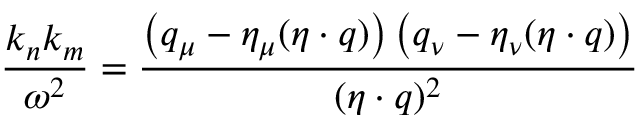
{ \frac { k _ { n } k _ { m } } { \omega ^ { 2 } } } = { \frac { \left( q _ { \mu } - \eta _ { \mu } ( \eta \cdot q ) \right) \left( q _ { \nu } - \eta _ { \nu } ( \eta \cdot q ) \right) } { ( \eta \cdot q ) ^ { 2 } } }